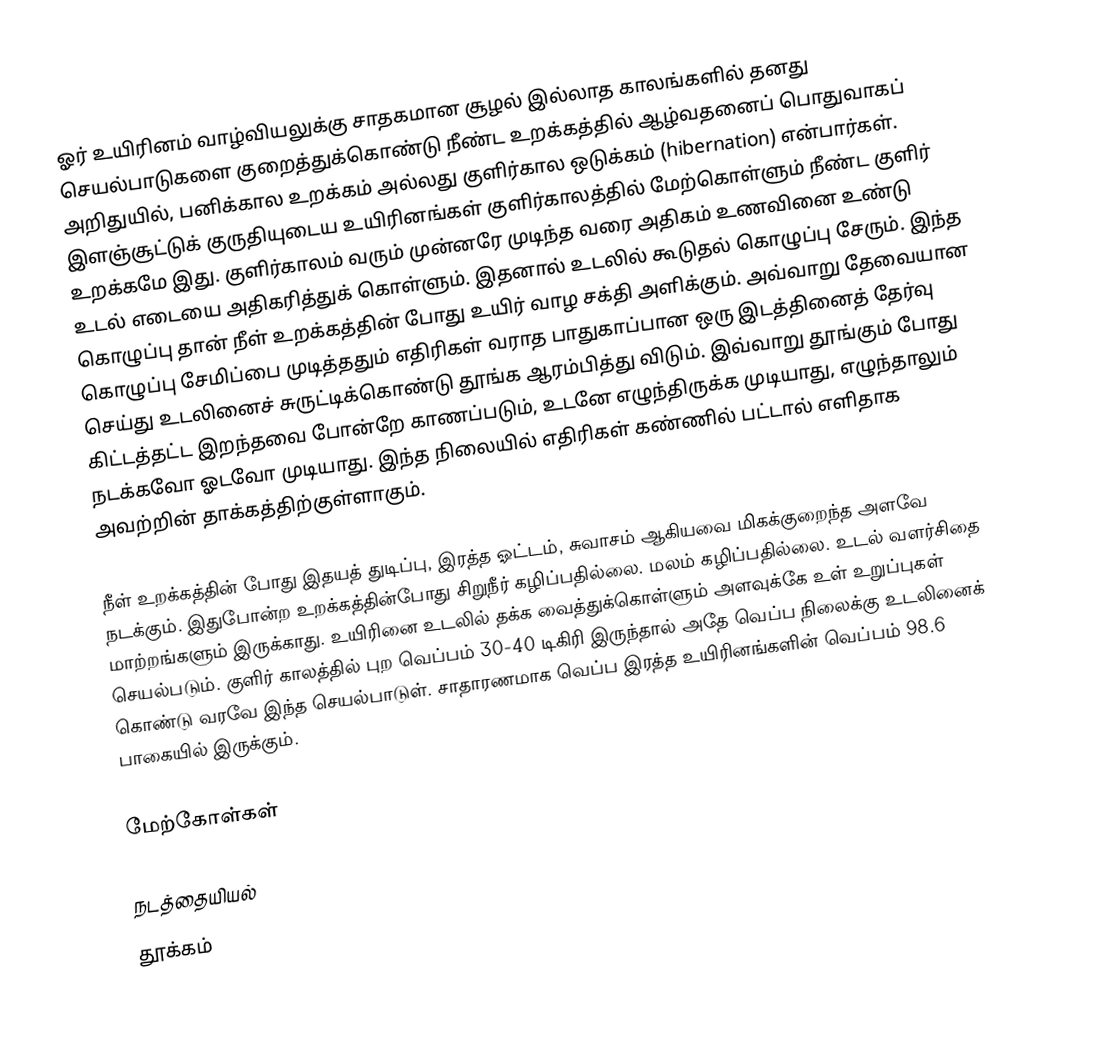
ஓர் உயிரினம் வாழ்வியலுக்கு சாதகமான சூழல் இல்லாத காலங்களில் தனது செயல்பாடுகளை குறைத்துக்கொண்டு நீண்ட உறக்கத்தில் ஆழ்வதனைப் பொதுவாகப் அறிதுயில், பனிக்கால உறக்கம் அல்லது குளிர்கால ஒடுக்கம் (hibernation) என்பார்கள். இளஞ்சூட்டுக் குருதியுடைய உயிரினங்கள் குளிர்காலத்தில் மேற்கொள்ளும் நீண்ட குளிர் உறக்கமே இது. குளிர்காலம் வரும் முன்னரே முடிந்த வரை அதிகம் உணவினை உண்டு உடல் எடையை அதிகரித்துக் கொள்ளும். இதனால் உடலில் கூடுதல் கொழுப்பு சேரும். இந்த கொழுப்பு தான் நீள் உறக்கத்தின் போது உயிர் வாழ சக்தி அளிக்கும். அவ்வாறு தேவையான கொழுப்பு சேமிப்பை முடித்ததும் எதிரிகள் வராத பாதுகாப்பான ஒரு இடத்தினைத் தேர்வு செய்து உடலினைச் சுருட்டிக்கொண்டு தூங்க ஆரம்பித்து விடும். இவ்வாறு தூங்கும் போது கிட்டத்தட்ட இறந்தவை போன்றே காணப்படும், உடனே எழுந்திருக்க முடியாது, எழுந்தாலும் நடக்கவோ ஓடவோ முடியாது. இந்த நிலையில் எதிரிகள் கண்ணில் பட்டால் எளிதாக அவற்றின் தாக்கத்திற்குள்ளாகும்.

நீள் உறக்கத்தின் போது இதயத் துடிப்பு, இரத்த ஓட்டம், சுவாசம் ஆகியவை மிகக்குறைந்த அளவே நடக்கும். இதுபோன்ற உறக்கத்தின்போது சிறுநீர் கழிப்பதில்லை. மலம் கழிப்பதில்லை. உடல் வளர்சிதை மாற்றங்களும் இருக்காது. உயிரினை உடலில் தக்க வைத்துக்கொள்ளும் அளவுக்கே உள் உறுப்புகள் செயல்படும். குளிர் காலத்தில் புற வெப்பம் 30-40 டிகிரி இருந்தால் அதே வெப்ப நிலைக்கு உடலினைக் கொண்டு வரவே இந்த செயல்பாடுள். சாதாரணமாக வெப்ப இரத்த உயிரினங்களின் வெப்பம் 98.6 பாகையில் இருக்கும்.

மேற்கோள்கள்

நடத்தையியல்
தூக்கம்